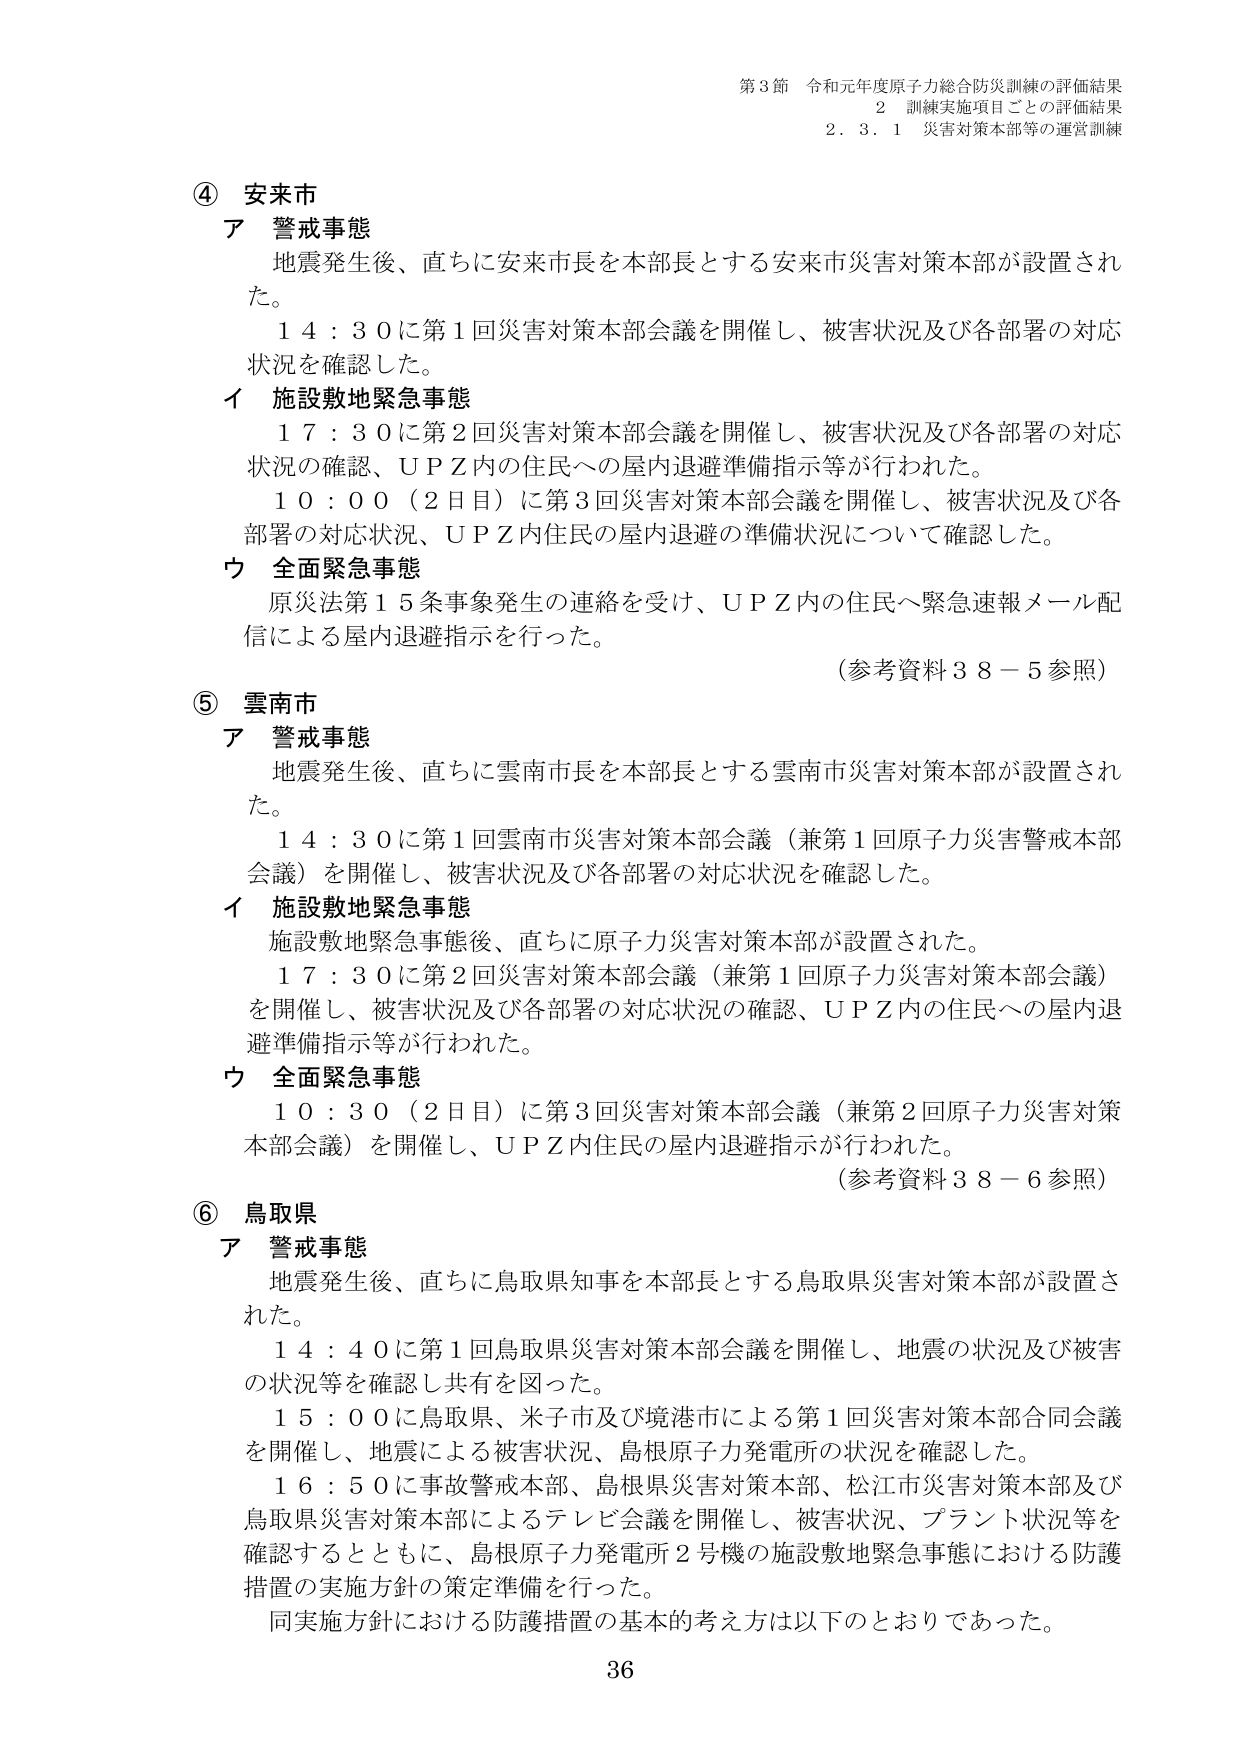
第3節 令和元年度原子力総合防災訓練の評価結果
2 訓練実施項目ごとの評価結果
2.3.1 災害対策本部等の運営訓練

④ 安来市
ア 警戒事態
地震発生後、直ちに安来市長を本部長とする安来市災害対策本部が設置された。
14:30に第1回災害対策本部会議を開催し、被害状況及び各部署の対応状況を確認した。
イ 施設敷地緊急事態
17:30に第2回災害対策本部会議を開催し、被害状況及び各部署の対応状況の確認、UPZ内の住民への屋内退避準備指示等が行われた。
10:00（2日目）に第3回災害対策本部会議を開催し、被害状況及び各部署の対応状況、UPZ内住民の屋内退避の準備状況について確認した。
ウ 全面緊急事態
原災法第15条事象発生の連絡を受け、UPZ内の住民へ緊急速報メール配信による屋内退避指示を行った。
（参考資料38-5参照）

⑤ 雲南市
ア 警戒事態
地震発生後、直ちに雲南市長を本部長とする雲南市災害対策本部が設置された。
14:30に第1回雲南市災害対策本部会議（兼第1回原子力災害警戒本部会議）を開催し、被害状況及び各部署の対応状況を確認した。
イ 施設敷地緊急事態
施設敷地緊急事態後、直ちに原子力災害対策本部が設置された。
17:30に第2回災害対策本部会議（兼第1回原子力災害対策本部会議）を開催し、被害状況及び各部署の対応状況の確認、UPZ内の住民への屋内退避準備指示等が行われた。
ウ 全面緊急事態
10:30（2日目）に第3回災害対策本部会議（兼第2回原子力災害対策本部会議）を開催し、UPZ内住民の屋内退避指示が行われた。
（参考資料38-6参照）

⑥ 鳥取県
ア 警戒事態
地震発生後、直ちに鳥取県知事を本部長とする鳥取県災害対策本部が設置された。
14:40に第1回鳥取県災害対策本部会議を開催し、地震の状況及び被害の状況等を確認し共有を図った。
15:00に鳥取県、米子市及び境港市による第1回災害対策本部合同会議を開催し、地震による被害状況、島根原子力発電所の状況を確認した。
16:50に事故警戒本部、島根県災害対策本部、松江市災害対策本部及び鳥取県災害対策本部によるテレビ会議を開催し、被害状況、プラント状況等を確認するとともに、島根原子力発電所2号機の施設敷地緊急事態における防護措置の実施方針の策定準備を行った。
同実施方針における防護措置の基本的考え方は以下のとおりであった。

36